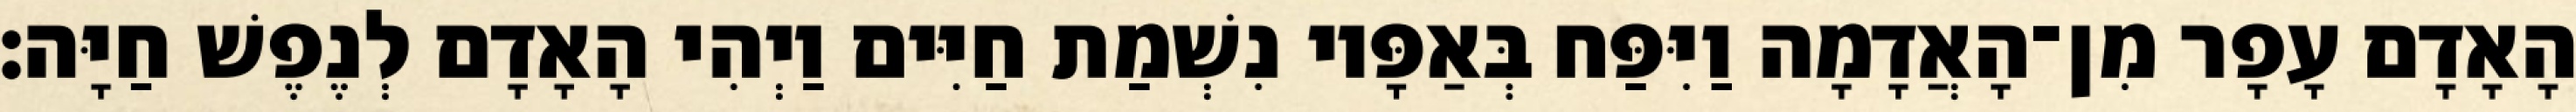
הָאָדָם עָפָר מִן־הָאֲדָמָה וַיִּפַּח בְּאַפָּיו נִשְׁמַת חַיִּים וַיְהִי הָאָדָם לְנֶפֶשׁ חַיָּה׃